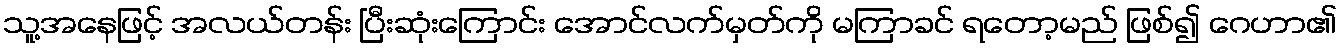
သူ့အနေဖြင့် အလယ်တန်း ပြီးဆုံးကြောင်း အောင်လက်မှတ်ကို မကြာခင် ရတော့မည် ဖြစ်၍ ဂေဟာ၏